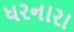
ધરનારા